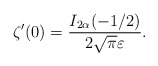
\begin{align*}\zeta ' (0)=\frac{I_{2\alpha}(-1/2)}{2\sqrt \pi \varepsilon}{.}\end{align*}